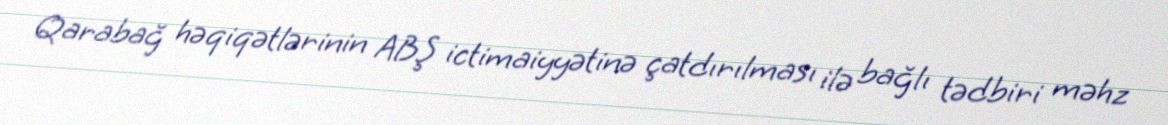
Qarabağ həqiqətlərinin ABŞ ictimaiyyətinə çatdırılması ilə bağlı tədbiri məhz